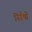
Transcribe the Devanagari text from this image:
निर्ग्रंथों